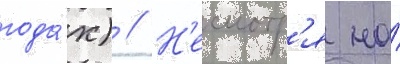
года́х) // Н'есмотр'я на́